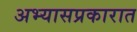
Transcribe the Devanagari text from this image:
अभ्यासप्रकारात